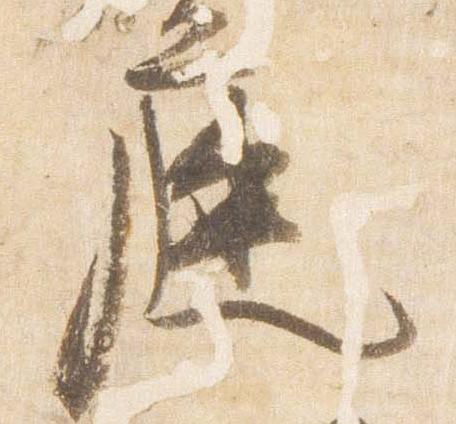
庭